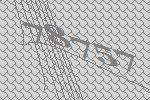
78757